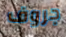
جروف